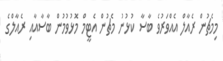
މިމެޗުން ރެއާލް އެއްވަރުވެ ބާސާ ކުޅުނު މެޗުން އެޓީމް މޮޅުވުމުން ބާސާއާއި ރެއާލްގެ